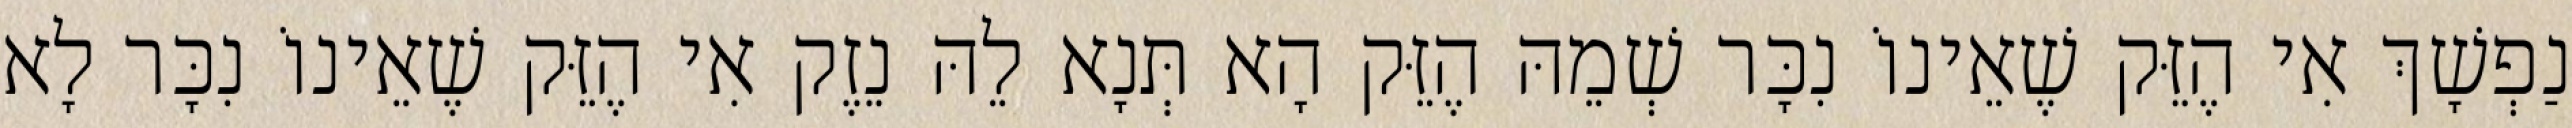
נַפְשָׁךְ אִי הֶזֵּק שֶׁאֵינוֹ נִכָּר שְׁמֵהּ הֶזֵּק הָא תְּנָא לֵהּ נֵזֶק אִי הֶזֵּק שֶׁאֵינוֹ נִכָּר לָא